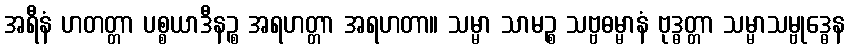
အရီနံ ဟတတ္တာ ပစ္စယာဒီနဉ္စ အရဟတ္တာ အရဟတာ။ သမ္မာ သာမဉ္စ သဗ္ဗဓမ္မာနံ ဗုဒ္ဓတ္တာ သမ္မာသမ္ဗုဒ္ဓေန